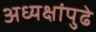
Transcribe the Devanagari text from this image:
अध्यक्षांपुढे